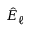
\hat { E } _ { \ell }